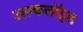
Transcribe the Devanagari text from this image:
अल्कलॉइड